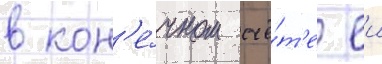
в кон'е́чном счё́т'е еи